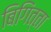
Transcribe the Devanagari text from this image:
बिगिंत्ता